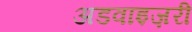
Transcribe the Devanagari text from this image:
अडवाइज़री